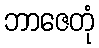
ဘာဇေတုံ